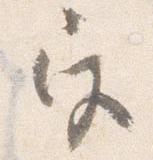
宮